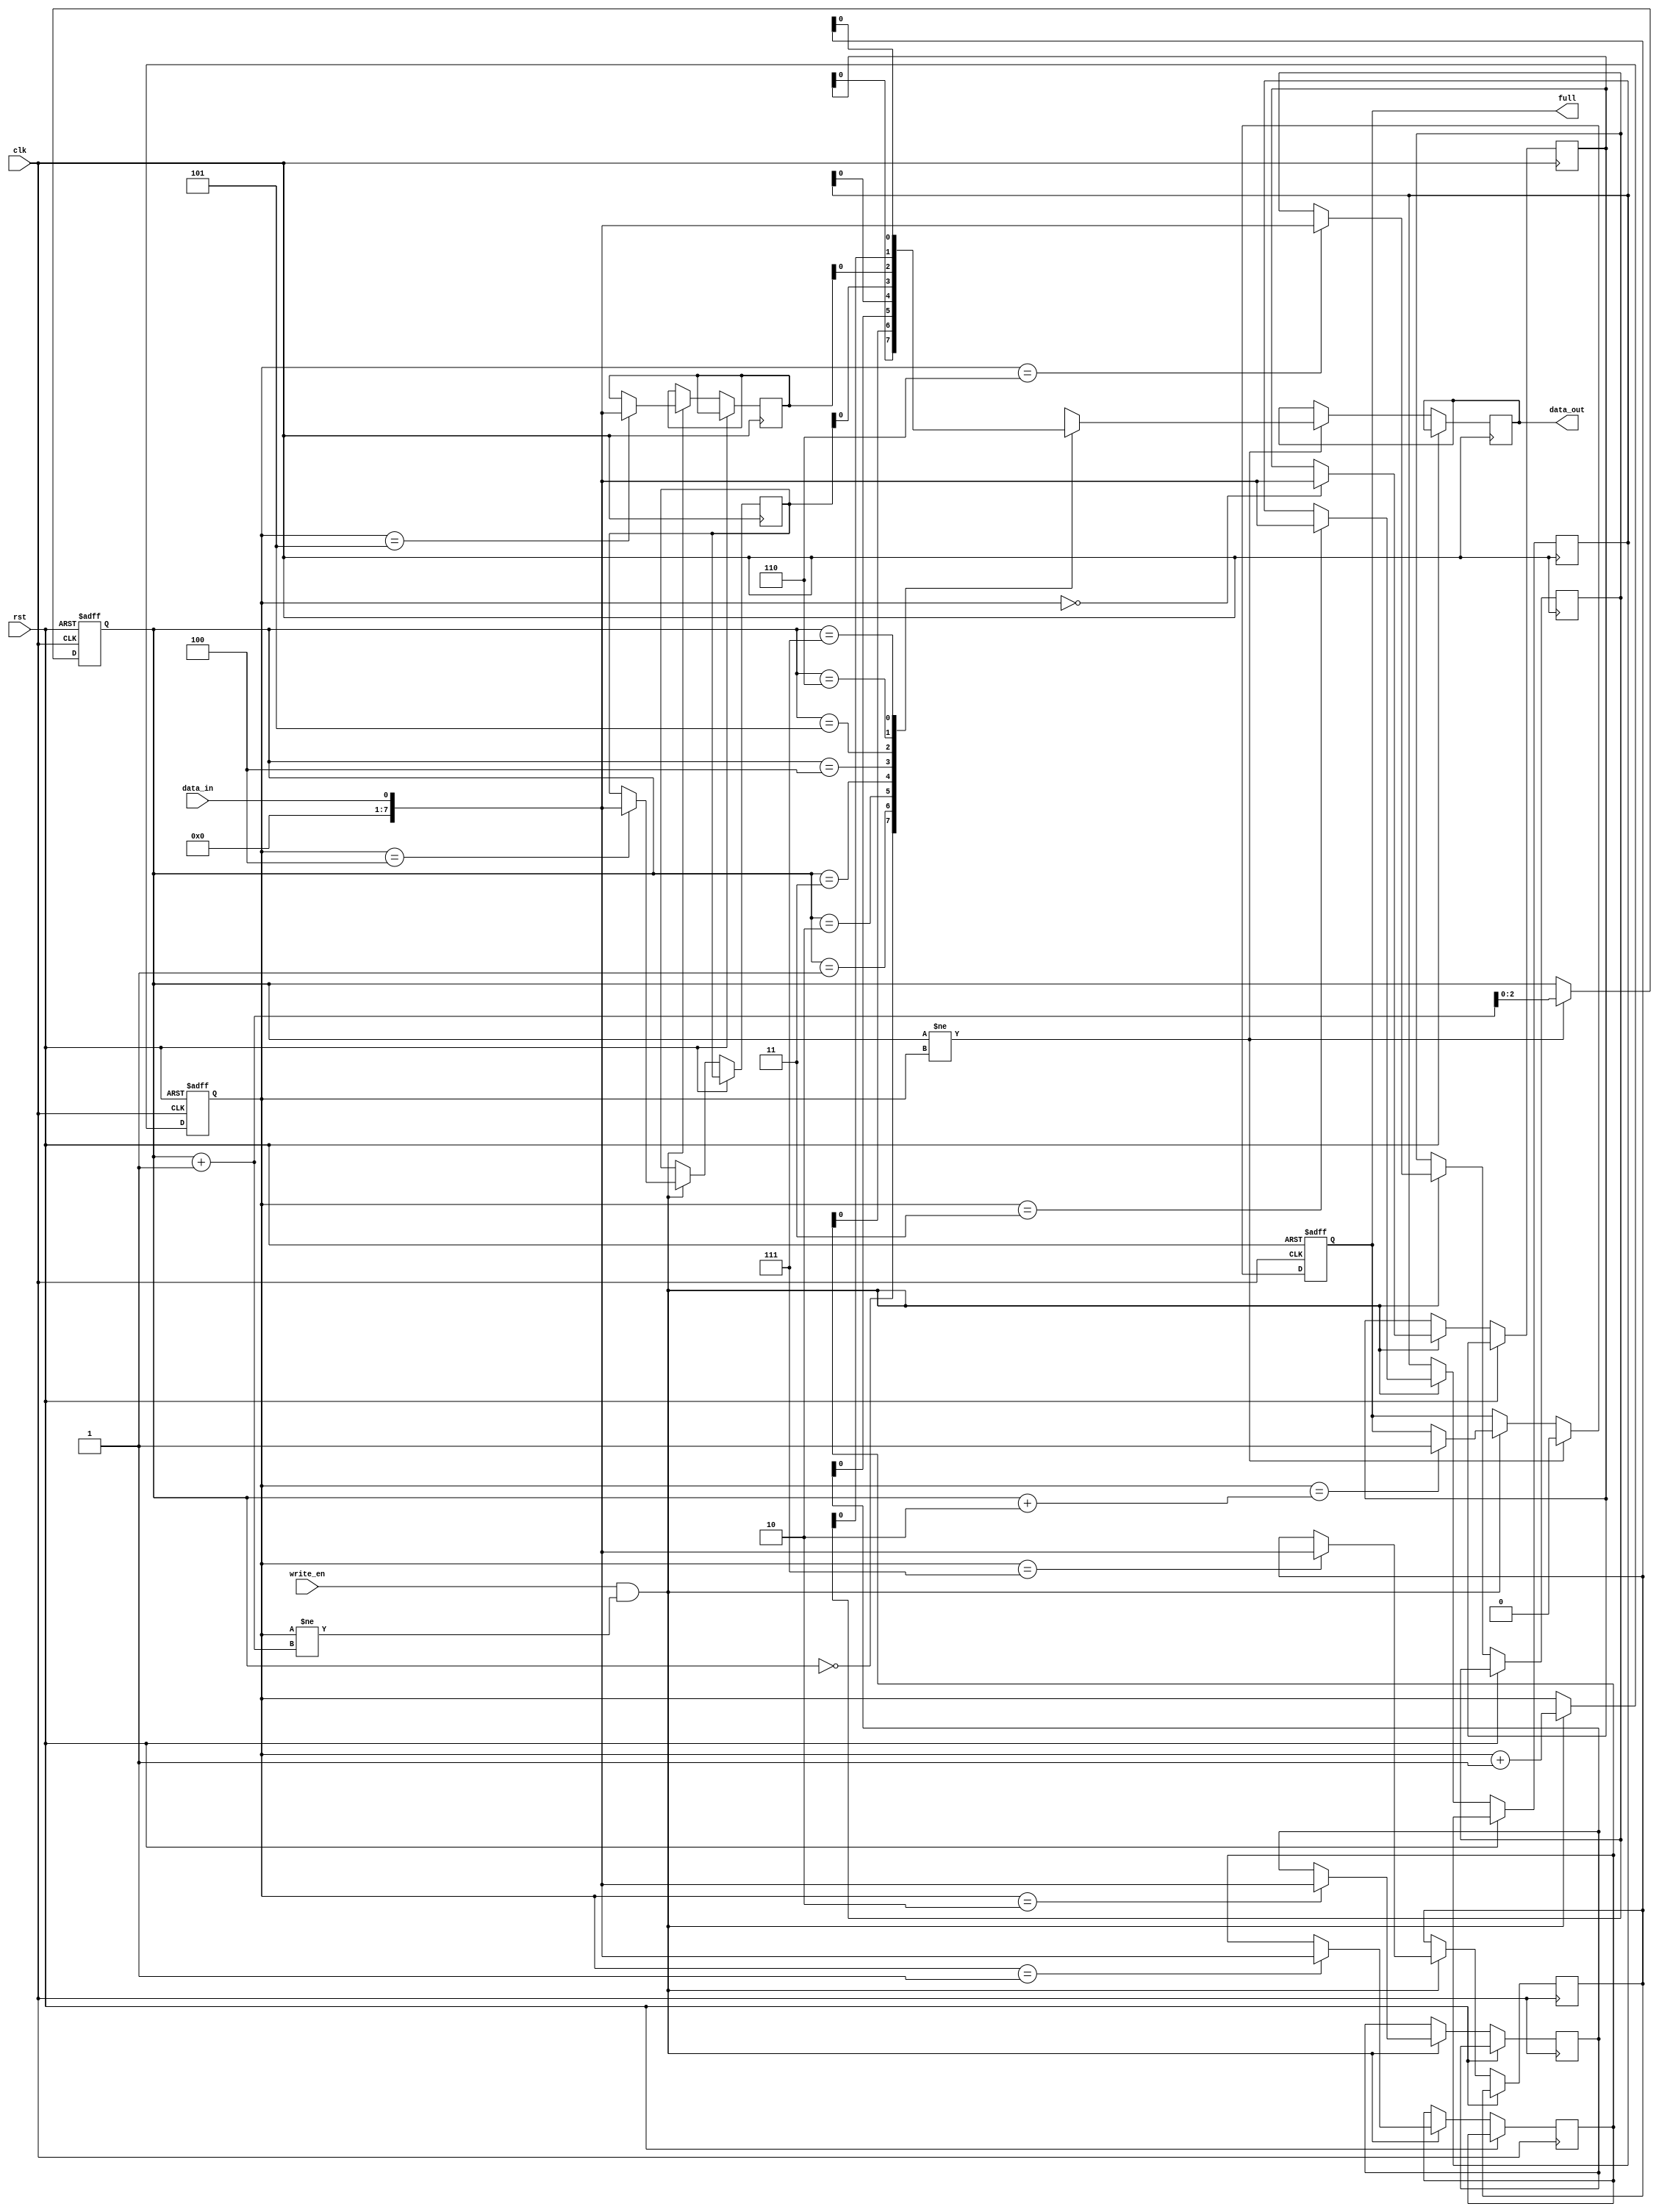
module almost_full_fifo(
    input wire clk,
    input wire rst,
    input wire data_in,
    input wire write_en,
    output reg data_out,
    output reg full
);

reg [7:0] fifo [0:7]; // 8-depth FIFO buffer
reg [2:0] ptr_in = 0;
reg [2:0] ptr_out = 0;

always @(posedge clk or posedge rst) begin
    if (rst) begin
        ptr_in <= 0;
        ptr_out <= 0;
        full <= 0;
    end else begin
        if (write_en && ptr_in != ptr_out + 1) begin
            fifo[ptr_in] <= data_in;
            ptr_in <= ptr_in + 1;
            if (ptr_in == ptr_out + 2) begin
                full <= 1;
            end
        end
        if (ptr_out != ptr_in) begin
            data_out <= fifo[ptr_out];
            ptr_out <= ptr_out + 1;
            full <= 0;
        end
    end
end

endmodule